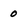
Character: 0